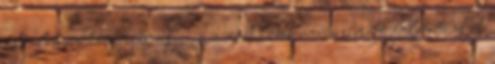
oldalán, néhány másodpercig megült a csatornában, majd folytatta útját,